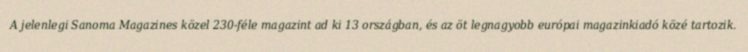
A jelenlegi Sanoma Magazines közel 230-féle magazint ad ki 13 országban, és az öt legnagyobb európai magazinkiadó közé tartozik.